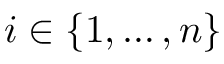
i \in \{ 1 , \ldots , n \}